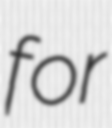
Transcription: for